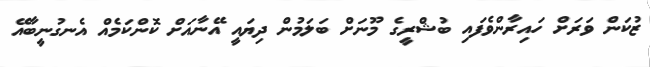
ޒުކަން ވަރަށް ހައިރާންވެފައި ބުޝްރީގެ މޫނަށް ބަލަމުން ދިޔައީ އޭނާއަށް ކޮންކަމެއް އެނގުނީބާއޭ